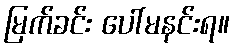
မြက်ခင်း ပေါ်မနင်းရ။